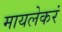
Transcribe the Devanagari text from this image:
मायलेकरं